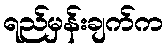
ရည်မှန်းချက်က